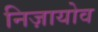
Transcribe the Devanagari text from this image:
निज़ायोव